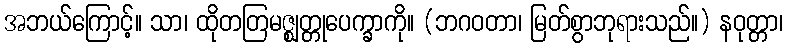
အဘယ်ကြောင့်။ သာ၊ ထိုတတြမဇ္ဈတ္တုပေက္ခာကို။ (ဘဂဝတာ၊ မြတ်စွာဘုရားသည်။) နဝုတ္တာ၊